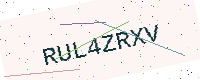
Text: RUL4ZRXV